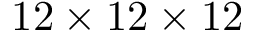
1 2 \times 1 2 \times 1 2